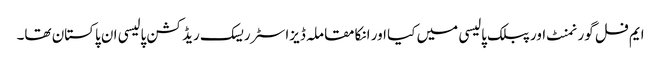
ایم فل گورنمنٹ اور پبلک پالیسی میں کیا اور انکا مقاملہ ڈیزاسٹر ریسک ریڈکشن پالیسی ان پاکستان تھا۔